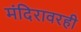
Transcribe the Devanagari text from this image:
मंदिरावरही